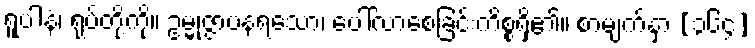
ရူပါနံ၊ ရုပ်တို့ကို။ ဥမ္မုဇ္ဇာပနရသော၊ ပေါ်လာစေခြင်းကိစ္စရှိ၏။ စာမျက်နှာ [၃၆၄]